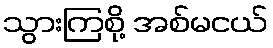
သွားကြစို့ အစ်မငယ်